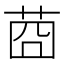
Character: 莔